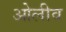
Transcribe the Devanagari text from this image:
ओलीव